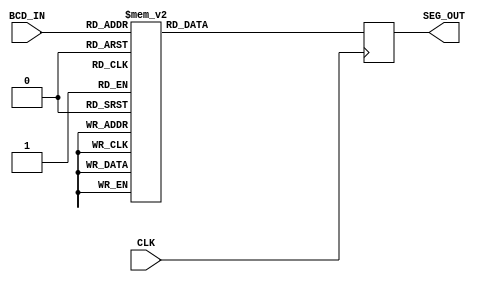
module BCD_Segment_Decoder
#(
	parameter BCD_DIGITS = 1
)
(
	// BCD Input (Packed Array)
	input      [BCD_DIGITS*4-1:0] BCD_IN,
	
	// Seven-Segment Output (Packed Array)
	output reg [BCD_DIGITS*7-1:0] SEG_OUT,
	
	// System Signals
	input CLK
);

	//
	// Initialize Output
	//
	initial
	begin
		SEG_OUT <= {BCD_DIGITS*7{1'b0}};
	end
	

	//
	// Select Segment Output using BCD index for each Digit
	//
	
	// !! Lab 4: Add SEG_OUT Registered Multiplexers for each BCD Digit here !!
	

	//wire [3:0] bcd_0, bcd_1, bcd_2, bcd_3, bcd_4;
	//wire [6:0] seg_0, seg_1, seg_2, seg_3, seg_4;

	// Packing the Array
	// assign { bcd_4, bcd_3, bcd_2, bcd_1, bcd_0 } = BCD_IN ;

	// Unpacking the Array
	// assign  { seg_4, seg_3, seg_2, seg_1, seg_0 } = SEG_OUT;
	//step 2 generate
	genvar i;
	generate 
	begin
		for (i=0; i < BCD_DIGITS; i=i+1)
		begin : bcd_to_seg_mapping
		
			// Registered Multiplexer for each BCD Digit
			always @(posedge CLK)
			begin
				case (BCD_IN[i*4 +: 4])
					
					0: SEG_OUT[i*7 +: 7] <= 7'b0111111;
					1: SEG_OUT[i*7 +: 7] <= 7'b0000110;
					2: SEG_OUT[i*7 +: 7] <= 7'b1011011;
					3: SEG_OUT[i*7 +: 7] <= 7'b1001111;
					4: SEG_OUT[i*7 +: 7] <= 7'b1100110;
					5: SEG_OUT[i*7 +: 7] <= 7'b1101101;
					6: SEG_OUT[i*7 +: 7] <= 7'b1111101;
					7: SEG_OUT[i*7 +: 7] <= 7'b0000111;
					8: SEG_OUT[i*7 +: 7] <= 7'b1111111;
					9: SEG_OUT[i*7 +: 7] <= 7'b1100111;
				
				default: SEG_OUT[i*7 +: 7] <= 7'b0000000;
				endcase
			end
		end
	end
	endgenerate
			
endmodule